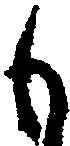
も